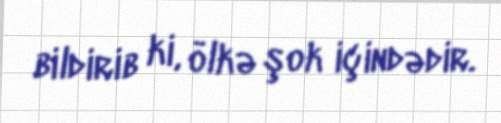
bildirib ki, ölkə şok içindədir.